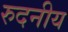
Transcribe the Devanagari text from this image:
रुदनीय